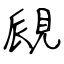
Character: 覛